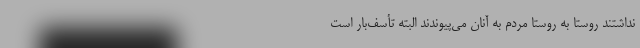
نداشتند روستا به روستا مردم به آنان می‌پیوندند البته تأسف‌بار است